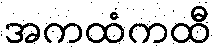
အကထံကထီ